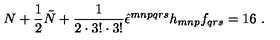
N + \frac { 1 } { 2 } \tilde { N } + \frac { 1 } { 2 \cdot 3 ! \cdot 3 ! } \hat { \epsilon } ^ { m n p q r s } h _ { m n p } f _ { q r s } = 1 6 \ .